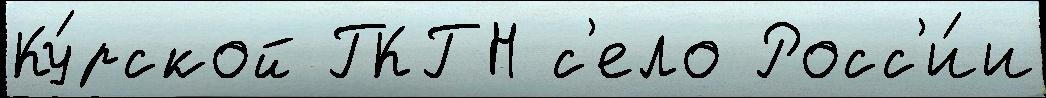
Ку́рской ГКГН с'ело Росс'и́и